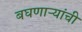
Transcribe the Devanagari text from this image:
बघणाऱ्यांची